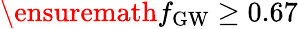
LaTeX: \ensuremath{f_{\mathrm{GW}}}\geq 0.67